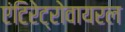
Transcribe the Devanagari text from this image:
एंटिरेट्रोवायरल